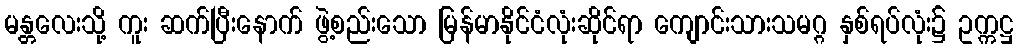
မန္တလေးသို့ ကူး ဆက်ပြီးနောက် ဖွဲ့စည်းသော မြန်မာနိုင်ငံလုံးဆိုင်ရာ ကျောင်းသားသမဂ္ဂ နှစ်ရပ်လုံး၌ ဥက္ကဋ္ဌ